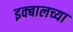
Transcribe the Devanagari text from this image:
इक्बालच्या